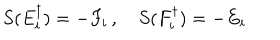
S ( E _ { i } ^ { \dagger } ) = - F _ { i } \, , ~ S ( F _ { i } ^ { \dagger } ) = - E _ { i }